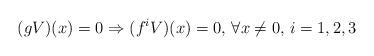
LaTeX: \begin{align*}(gV)(x)=0\Rightarrow (f^iV)(x)=0,\,\forall x\neq 0,\, i=1,2,3\end{align*}